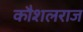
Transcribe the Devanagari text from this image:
कौशलराज